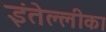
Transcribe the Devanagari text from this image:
इंतेल्लीका